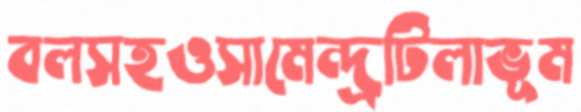
বলসহওসামেন্দ্রটিলাভূম